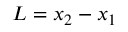
L = x _ { 2 } - x _ { 1 }